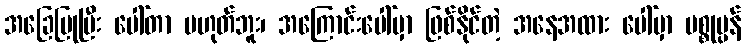
အခြေပြုပြီး ပေါ်တာ မဟုတ်ဘူး၊ အကြောင်းပေါ်မှာ ဖြစ်နိုင်တဲ့ အနေအထား ပေါ်မှာ ပစ္စုပ္ပန်